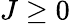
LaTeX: J\ge 0